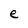
Character: e